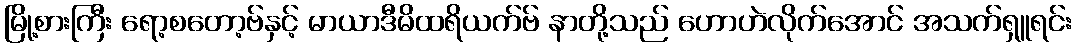
မြို့စားကြီး ရော့စတော့ဗ်နှင့် မာယာဒီမိထရိယက်ဗ် နာတို့သည် ဟောဟဲလိုက်အောင် အသက်ရှူရင်း